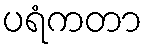
ပရံကတာ